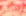
تحركى